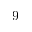
9